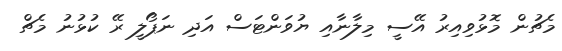
މެޗުން މޮޅުވިއިރު އޭސީ މިލާނާއި ޔުވަންޓަސް އަދި ނަޕޯލީ ރޭ ކުޅުނު މެޗް